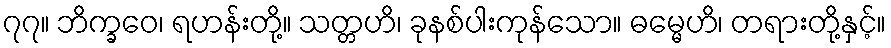
၇၇။ ဘိက္ခဝေ၊ ရဟန်းတို့။ သတ္တဟိ၊ ခုနစ်ပါးကုန်သော။ ဓမ္မေဟိ၊ တရားတို့နှင့်။